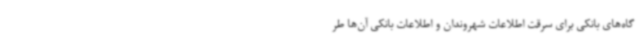
گاه‌های بانکی برای سرقت اطلاعات شهروندان و اطلاعات بانکی آن‌ها طر